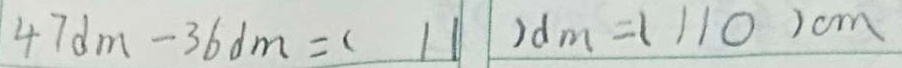
4 7 d m - 3 6 d m = ( 1 1 ) d m = ( 1 1 0 ) c m